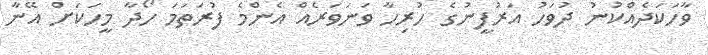
ވާހަކަދެއްކުނު ދުވަހު އަރުފީނުގެ ހުރިހާ ވަނަވަރެއް އެންމެ ފުރަތަމަ ހޯދާ މީހަކަށް އޭނާ